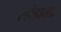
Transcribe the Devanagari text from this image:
लांडाळा